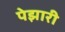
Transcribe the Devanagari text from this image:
पेझारी